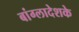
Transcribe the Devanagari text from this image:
बांग्लादेशके